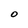
Character: O